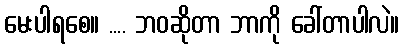
မေးပါရစေ။ .... ဘဝဆိုတာ ဘာကို ခေါ်တာပါလဲ။